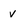
Character: v